Indian journal of veterinary science and animal husbandry - Volume 8,
Year: 1938
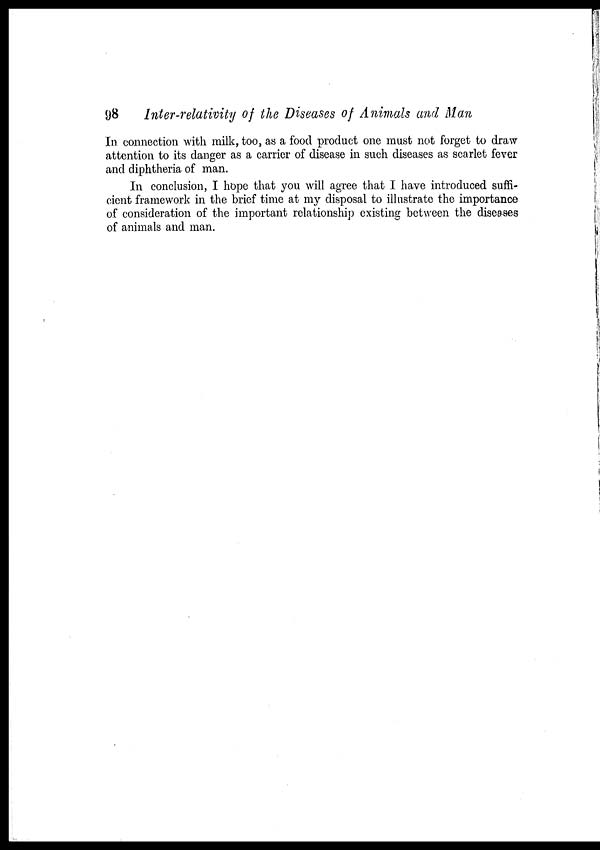
98
Inter-relativity of the Diseases of Animals and Man
In connection with milk, too, as a food product one must not forget to draw
attention to its danger as a carrier of disease in such diseases as scarlet fever
and diphtheria of man.
In conclusion, I hope that you will agree that I have introduced suffi-
cient framework in the brief time at my disposal to illustrate the importance
of consideration of the important relationship existing between the diseases
of animals and man.